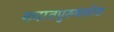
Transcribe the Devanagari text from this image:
ख्यातपुरुषकोश